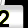
Digit: 2